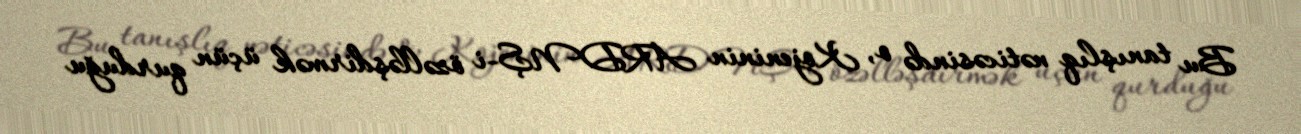
Bu tanışlıq nəticəsində o, Kojeninin ARDNŞ-i özəlləşdirmək üçün qurduğu